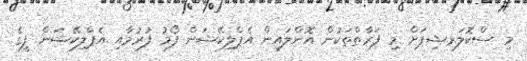
މި ސްކޮލަރޝިޕަށް މި ފަރާތްތަކުން އޮންލައިން އެޕްލިކޭޝަން ފޯމު ފުރުމާއި އެޕްލިކޭޝަން ފީގެ